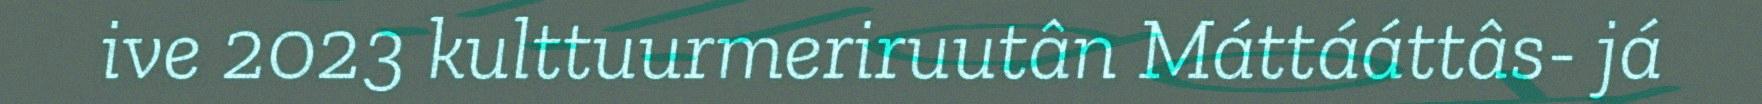
ive 2023 kulttuurmeriruutân Máttááttâs- já